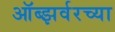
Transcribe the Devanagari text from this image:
ऑब्झर्वरच्या